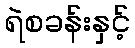
ရဲစခန်းနှင့်